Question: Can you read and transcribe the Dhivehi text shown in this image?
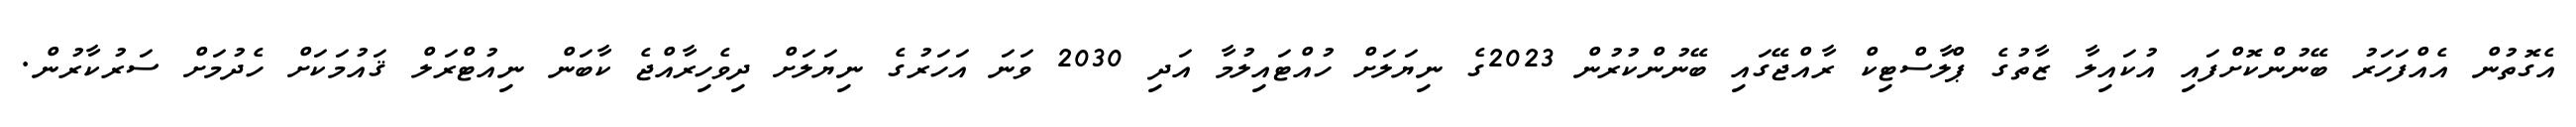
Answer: އެގޮތުން އެއްފަހަރު ބޭނުންކޮށްފައި އުކައިލާ ޒާތުގެ ޕްލާސްޓިކް ރާއްޖޭގައި ބޭނުންކުރުން 2023ގެ ނިޔަލަށް ހުއްޓައިލުމާ އަދި 2030 ވަނަ އަހަރުގެ ނިޔަލަށް ދިވެހިރާއްޖެ ކާބަން ނިއުޓްރަލް ޤައުމަކަށް ހެދުމަށް ސަރުކާރުން.